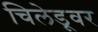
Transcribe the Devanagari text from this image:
चिलेडूवर